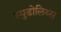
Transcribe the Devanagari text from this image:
स्युडोलिथ्स